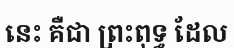
នេះ គឺជា ព្រះពុទ្ធ ដែល